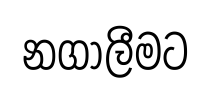
නගාලීමට